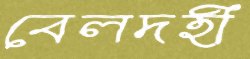
বেলদহী